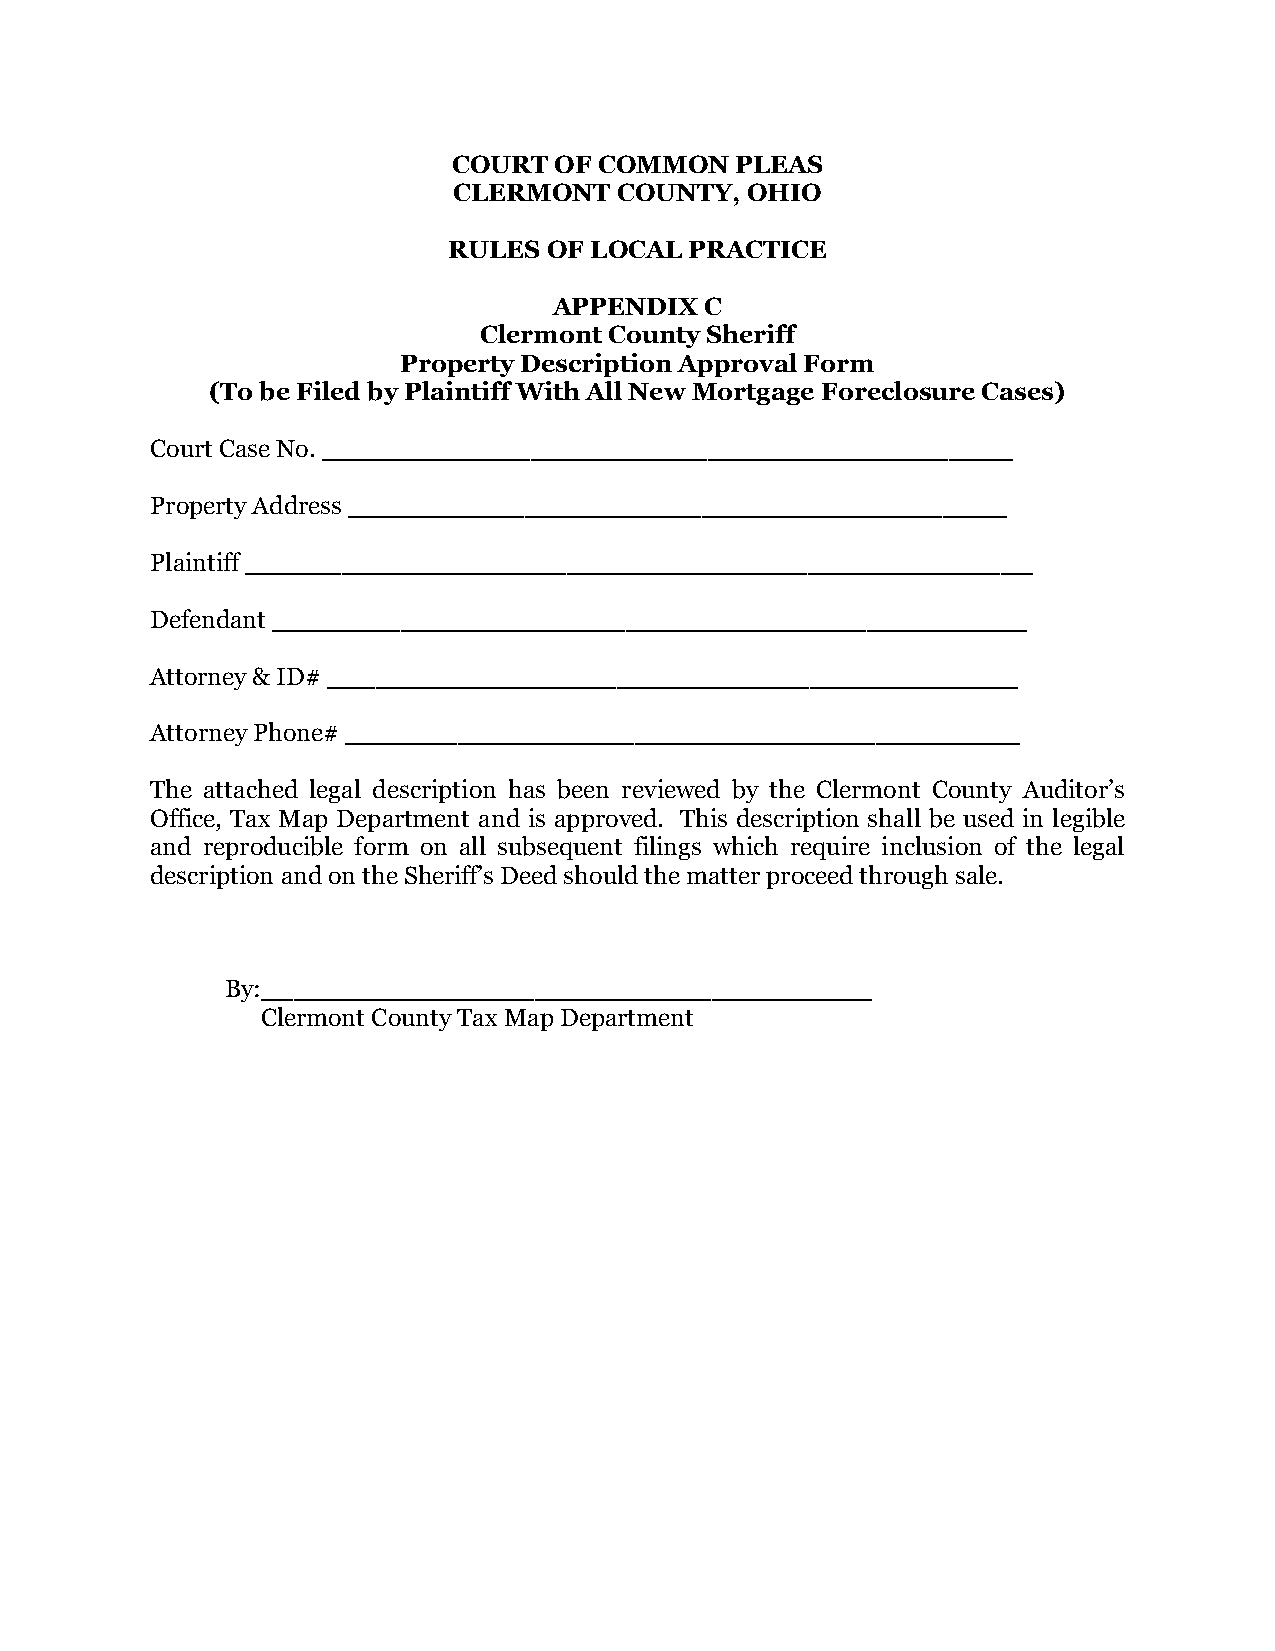
COURT  OF COMMON   PLEAS
 CLERMONT   COUNTY, OHIO
 RULES OF LOCAL  PRACTICE
 APPENDIX  C
 Clermont County Sheriff
 Property Description Approval Form
 (To be Filed by Plaintiff With All New Mortgage Foreclosure Cases)
 Court Case No. ___________________________________________
 Property Address _________________________________________
 Plaintiff _________________________________________________
 Defendant _______________________________________________
 Attorney & ID# ___________________________________________
 Attorney Phone# __________________________________________
 The attached legal description has been reviewed by the Clermont County Auditor’s
 Office, Tax Map Department and is approved. This description shall be used in legible
 and reproducible form on all subsequent filings which require inclusion of the legal
 description and on the Sheriff’s Deed should the matter proceed through sale.
 By:______________________________________
 Clermont County Tax Map Department